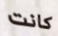
كانت